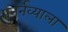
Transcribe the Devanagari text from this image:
पुनर्नव्याला